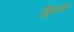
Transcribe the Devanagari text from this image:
विठ्ठलनाम